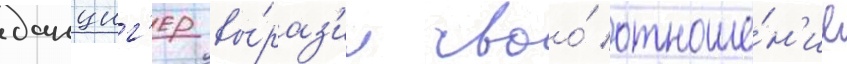
данциг'ер вы́раз'ил своо́ отноше́н'ие